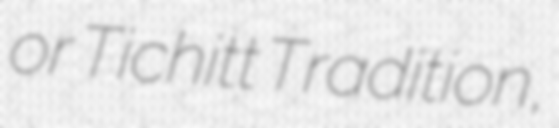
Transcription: or Tichitt Tradition,